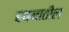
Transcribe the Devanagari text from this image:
हवनातील